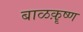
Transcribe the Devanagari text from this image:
बाळक़ॄष्‍ण